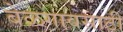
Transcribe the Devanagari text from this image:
बेळगावसाठी